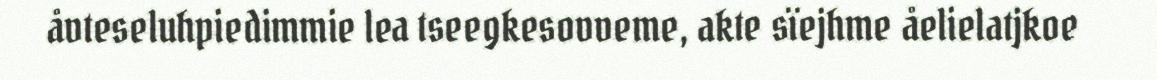
åvteseluhpiedimmie lea tseegkesovveme, akte sïejhme åelielatjkoe